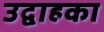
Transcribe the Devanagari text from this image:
उद्वाहका